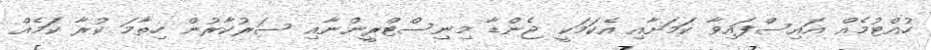
ހުއްޓުމެއް އައިސްފައިވާ ކަމަށާއި އެކަމަކީ ޖެންޑާ މިނިސްޓްރީންނާއި ސަރުކާރުން ހިތާމަ ކުރާ ކަމެއް